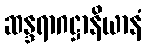
ဆန္ဒရာဂဋ္ဌာနိယာနံ